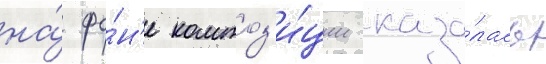
на́ фо́н'е композ'и́ции каза́лась